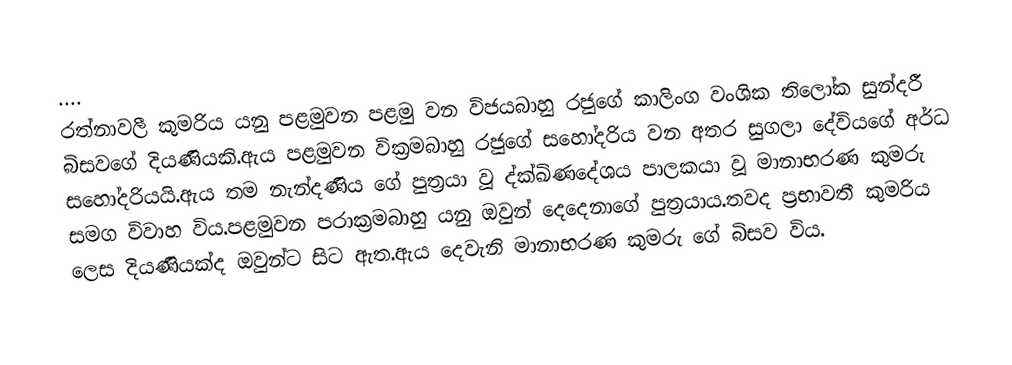
....
රත්නාවලී කුමරිය යනු පළමුවන පළමු වන විජයබාහු රජුගේ කාලිංග වංශික තිලෝක සුන්දරී බිසවගේ දියණියකි.ඇය පළමුවන වික්‍රමබාහු රජුගේ සහෝදරිය වන අතර සුගලා දේවියගේ අර්ධ සහෝදරියයි.ඇය තම නැන්දණිය ගේ පුත්‍රයා වූ ද්ක්ඛිණදේශය පාලකයා වූ මානාභරණ කුමරු සමග විවාහ විය.පළමුවන පරාක්‍රමබාහු යනු ඔවුන් දෙදෙනාගේ පුත්‍රයාය.තවද ප්‍රභාවතී කුමරිය ලෙස දියණියක්ද ඔවුන්ට සිට ඇත.ඇය දෙවැනි මානාභරණ කුමරු ගේ බිසව විය.